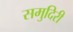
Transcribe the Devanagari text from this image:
समुदिरी